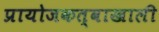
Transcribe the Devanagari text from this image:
प्रायोजकत्वाखाली